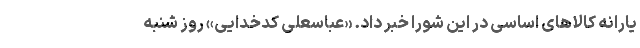
یارانه کالاهای اساسی در این شورا خبر داد. «عباسعلی کدخدایی» روز شنبه